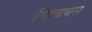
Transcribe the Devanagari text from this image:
सिलाबस